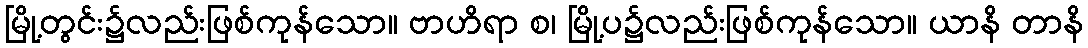
မြို့တွင်း၌လည်းဖြစ်ကုန်သော။ ဗာဟိရာ စ၊ မြို့ပ၌လည်းဖြစ်ကုန်သော။ ယာနိ တာနိ